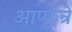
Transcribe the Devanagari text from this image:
आप्फन्रे